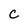
Character: C